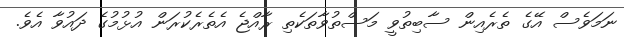
ނަމަވެސް އޭގެ ތެރެއިން ސާބިތުވީ މަސްތުވާތަކެތި ރާއްޖެ އެތެރެކުރަން އުޅުމުގެ ދައުވާ އެވެ.